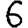
Digit: 6